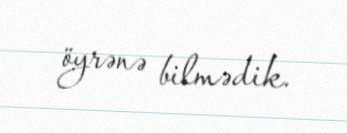
öyrənə bilmədik.